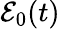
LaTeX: \mathcal{E}_{0}(t)